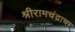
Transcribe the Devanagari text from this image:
श्रीरामचंद्राचा